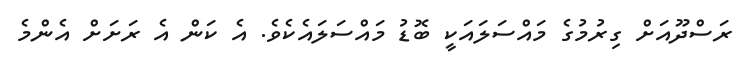
ރަސްދޫއަށް ގިރުމުގެ މައްސަލައަކީ ބޮޑު މައްސަލައެކެވެ. އެ ކަން އެ ރަށަށް އެންމެ